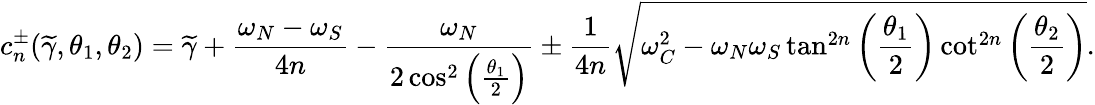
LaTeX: c_{n}^{\pm}(\widetilde{\gamma},\theta_{1},\theta_{2})=\widetilde{\gamma}+\frac{\omega_{N}-\omega_{S}}{4n}-\frac{\omega_{N}}{2\cos^{2}\left(\frac{\theta_{1}}{2}\right)}\pm\frac{1}{4n}\sqrt{\omega_{C}^{2}-\omega_{N}\omega_{S}\tan^{2n}\left(\frac{\theta_{1}}{2}\right)\cot^{2n}\left(\frac{\theta_{2}}{2}\right)}.